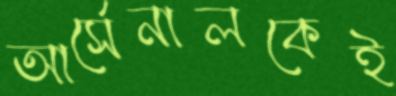
আর্সেনালকেই